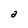
Character: a